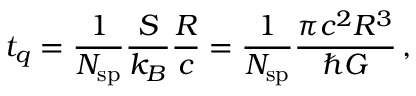
t _ { q } = \frac { 1 } { N _ { \mathrm { s p } } } \frac { S } { k _ { B } } \frac { R } { c } = \frac { 1 } { N _ { \mathrm { s p } } } \frac { \pi c ^ { 2 } R ^ { 3 } } { \hbar G } \, ,